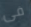
فى